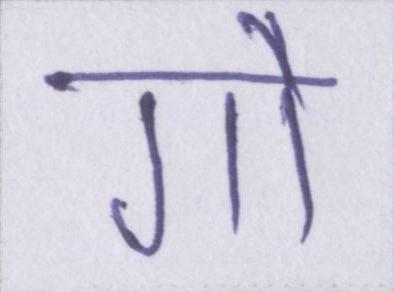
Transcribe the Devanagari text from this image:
गौ